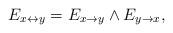
LaTeX: \begin{align*} E_{x \leftrightarrow y}=E_{x \rightarrow y} \land E_{y \rightarrow x}, \end{align*}